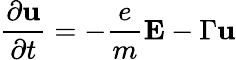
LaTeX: \frac{\partial\textbf{u}}{\partial t}=-\frac{e}{m}\textbf{E}-\Gamma\textbf{u}